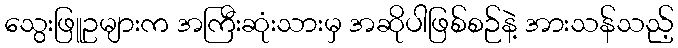
သွေးဖြူဥများက အကြီးဆုံးသားမှ အဆိုပါဖြစ်စဉ်နဲ့ အားသန်သည့်